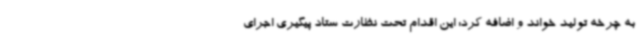
به چرخه تولید خواند و اضافه کرد: این اقدام تحت نظارت ستاد پیگیری اجرای